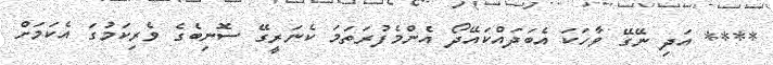
**** އަދި ނޭގޭ ވާހަކަ އެބަދައްކައޭދޯ އެންމެފުރަތަމަ ކެނަރީގޭ ސޮނިބެގެ ވެރިކަމުގަ އެކަމަށް